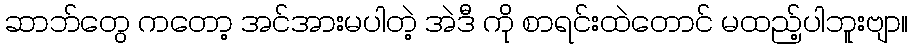
ဆာဘ်တွေ ကတော့ အင်အားမပါတဲ့ အဲဒီ ကို စာရင်းထဲတောင် မထည့်ပါဘူးဗျာ။